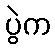
ပွဲက